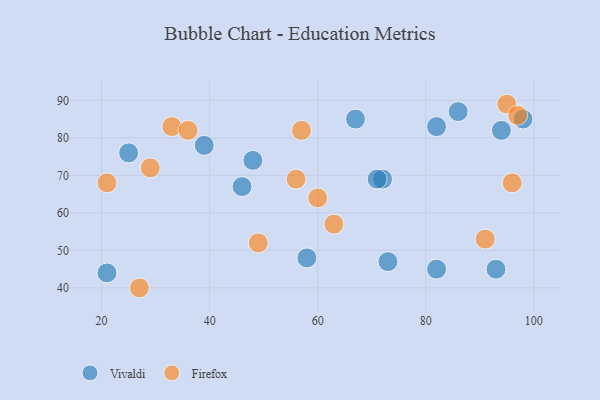
{"axis": {"x": "GDP", "y": "Life Expectancy"}, "legend": ["Firefox", "Vivaldi"], "data": [{"x": "21", "y": 44, "type": "Vivaldi"}, {"x": "39", "y": 78, "type": "Vivaldi"}, {"x": "67", "y": 85, "type": "Vivaldi"}, {"x": "93", "y": 45, "type": "Vivaldi"}, {"x": "46", "y": 67, "type": "Vivaldi"}, {"x": "94", "y": 82, "type": "Vivaldi"}, {"x": "48", "y": 74, "type": "Vivaldi"}, {"x": "25", "y": 76, "type": "Vivaldi"}, {"x": "58", "y": 48, "type": "Vivaldi"}, {"x": "72", "y": 69, "type": "Vivaldi"}, {"x": "98", "y": 85, "type": "Vivaldi"}, {"x": "82", "y": 83, "type": "Vivaldi"}, {"x": "86", "y": 87, "type": "Vivaldi"}, {"x": "73", "y": 47, "type": "Vivaldi"}, {"x": "82", "y": 45, "type": "Vivaldi"}, {"x": "71", "y": 69, "type": "Vivaldi"}, {"x": "33", "y": 83, "type": "Firefox"}, {"x": "95", "y": 89, "type": "Firefox"}, {"x": "36", "y": 82, "type": "Firefox"}, {"x": "91", "y": 53, "type": "Firefox"}, {"x": "49", "y": 52, "type": "Firefox"}, {"x": "21", "y": 68, "type": "Firefox"}, {"x": "27", "y": 40, "type": "Firefox"}, {"x": "96", "y": 68, "type": "Firefox"}, {"x": "63", "y": 57, "type": "Firefox"}, {"x": "56", "y": 69, "type": "Firefox"}, {"x": "97", "y": 86, "type": "Firefox"}, {"x": "57", "y": 82, "type": "Firefox"}, {"x": "60", "y": 64, "type": "Firefox"}, {"x": "29", "y": 72, "type": "Firefox"}]}